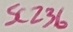
Text: SC236